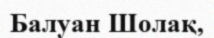
Балуан Шолақ,